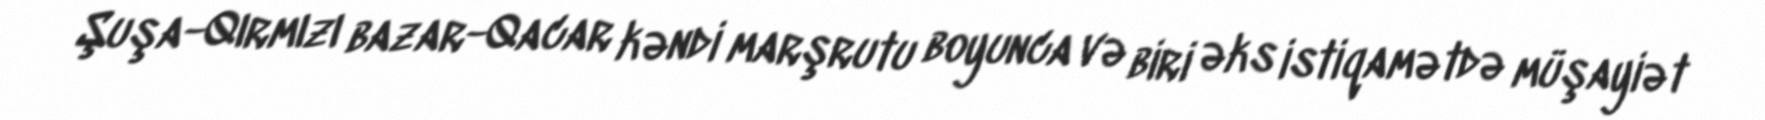
Şuşa-Qırmızı bazar-Qacar kəndi marşrutu boyunca və biri əks istiqamətdə müşayiət